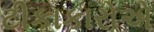
ટીકાકારોએ